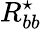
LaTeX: R_{bb}^{\star}